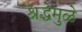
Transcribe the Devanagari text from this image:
श्रद्धेमुळे